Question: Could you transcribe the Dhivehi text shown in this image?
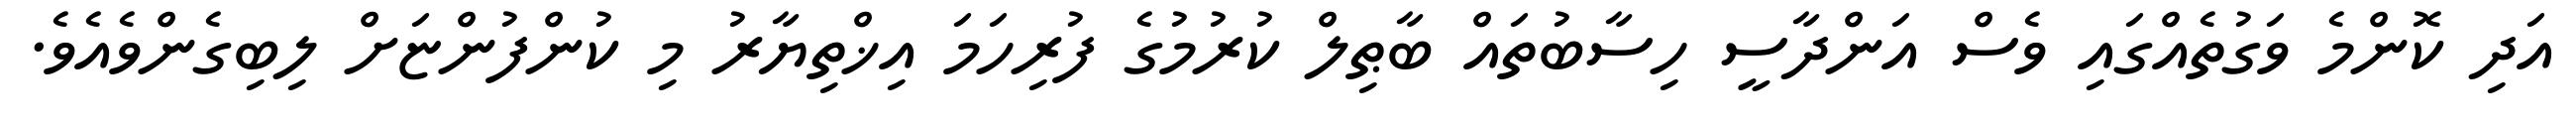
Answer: އަދި ކޮންމެ ވަގުތެއްގައި ވެސް އަންދާސީ ހިސާބުތައް ބާޠިލް ކުރުމުގެ ފުރިހަމަ އިޚްތިޔާރު މި ކުންފުންޏަށް ލިބިގެންވެއެވެ.